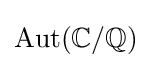
\operatorname {Aut} (\mathbb {C} /\mathbb {Q} )